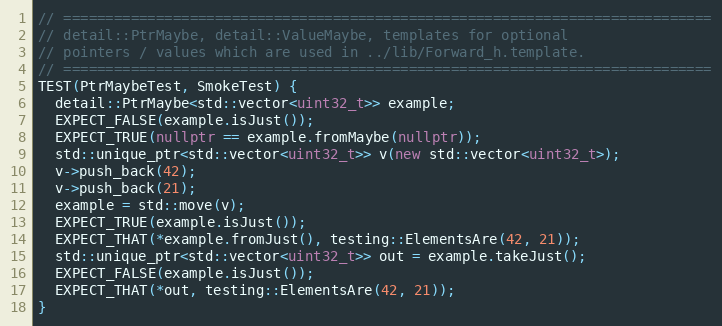
Language: C++
// =============================================================================
// detail::PtrMaybe, detail::ValueMaybe, templates for optional
// pointers / values which are used in ../lib/Forward_h.template.
// =============================================================================
TEST(PtrMaybeTest, SmokeTest) {
  detail::PtrMaybe<std::vector<uint32_t>> example;
  EXPECT_FALSE(example.isJust());
  EXPECT_TRUE(nullptr == example.fromMaybe(nullptr));
  std::unique_ptr<std::vector<uint32_t>> v(new std::vector<uint32_t>);
  v->push_back(42);
  v->push_back(21);
  example = std::move(v);
  EXPECT_TRUE(example.isJust());
  EXPECT_THAT(*example.fromJust(), testing::ElementsAre(42, 21));
  std::unique_ptr<std::vector<uint32_t>> out = example.takeJust();
  EXPECT_FALSE(example.isJust());
  EXPECT_THAT(*out, testing::ElementsAre(42, 21));
}